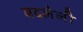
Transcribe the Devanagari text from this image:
बदलेली